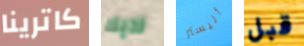
كاترينا لديك أليستر قبل